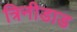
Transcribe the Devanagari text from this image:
त्रिनीडाड